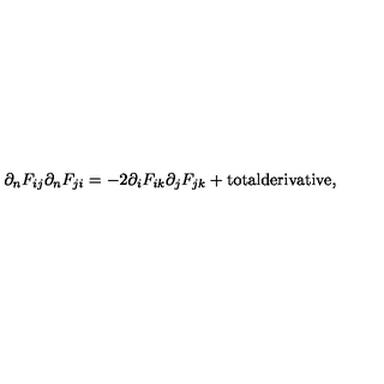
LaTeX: \partial _ { n } F _ { i j } \partial _ { n } F _ { j i } = - 2 \partial _ { i } F _ { i k } \partial _ { j } F _ { j k } + \mathrm { t o t a l d e r i v a t i v e } ,